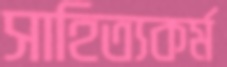
সাহিত্যকর্ম